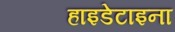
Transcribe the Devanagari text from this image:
हाइडेटाइना